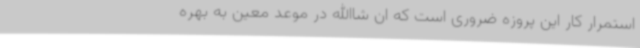
استمرار کار این پروزه ضروری است که ان شاالله در موعد معین به بهره